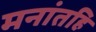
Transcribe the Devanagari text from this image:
मनांतहि